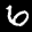
Label: 6